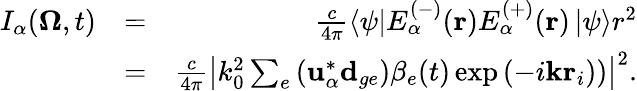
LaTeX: \begin{array}{rlr}{I_{\alpha}(\mathbf{\Omega},t)}&{=}&{\frac{c}{4\pi}\left\langle\psi\right\vert E_{\alpha}^{(-)}(\mathbf{r})E_{\alpha}^{(+)}(\mathbf{r})\left\vert\psi\right\rangle r^{2}}\\ &{=}&{\frac{c}{4\pi}\left|k_{0}^{2}\sum_{e}\left(\mathbf{u}_{\alpha}^{*}\mathbf{d}_{ge}\right)\beta_{e}(t)\exp\left(-i\mathbf{k}\mathbf{r}_{i})\right)\right|^{2}.}\end{array}